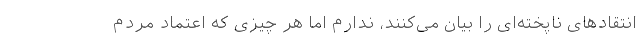
انتقادهای ناپخته‌ای را بیان می‌کنند، ندارم اما هر چیزی که اعتماد مردم